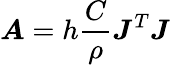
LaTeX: {\boldsymbol{A}}=h\frac C\rho{\boldsymbol{J}}^{T}{\boldsymbol{J}}